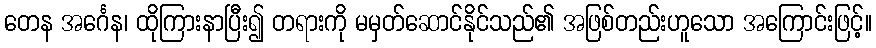
တေန အင်္ဂေန၊ ထိုကြားနာပြီး၍ တရားကို မမှတ်ဆောင်နိုင်သည်၏ အဖြစ်တည်းဟူသော အကြောင်းဖြင့်။